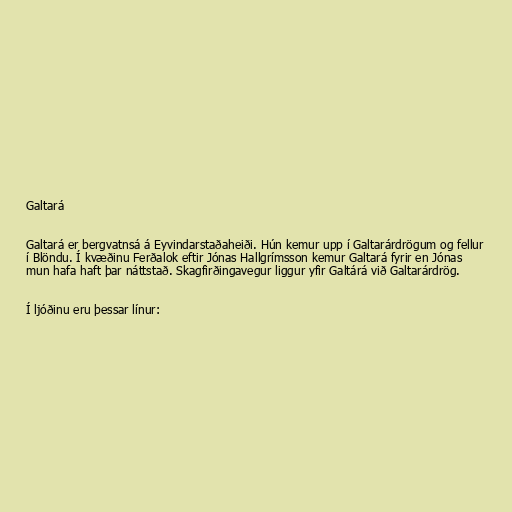
Galtará

Galtará er bergvatnsá á Eyvindarstaðaheiði. Hún kemur upp í Galtarárdrögum og fellur
í Blöndu. Í kvæðinu Ferðalok eftir Jónas Hallgrímsson kemur Galtará fyrir en Jónas
mun hafa haft þar náttstað. Skagfirðingavegur liggur yfir Galtárá við Galtarárdrög.

Í ljóðinu eru þessar línur: